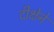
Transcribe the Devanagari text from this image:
दीक्षेने